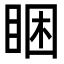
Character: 睏